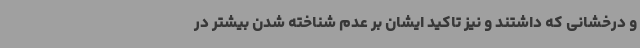
و درخشانی که داشتند و نیز تاکید ایشان بر عدم شناخته شدن بیشتر در